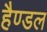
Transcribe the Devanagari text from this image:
हैण्डल